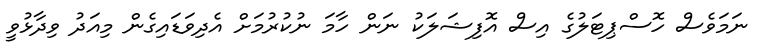
ނަމަވެސް ހޮސްޕިޓަލުގެ އިސް އޮފިޝަލަކު ނަން ހާމަ ނުކުރުމަށް އެދިވަޑައިގެން މިއަދު ވިދާޅުވީ